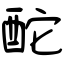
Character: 酡